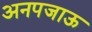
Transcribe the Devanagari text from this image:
अनपजाऊ